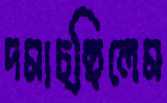
দমাচ্ছিলেম